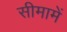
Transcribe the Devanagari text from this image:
सीमामें